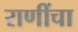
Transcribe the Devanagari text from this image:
राणींचा